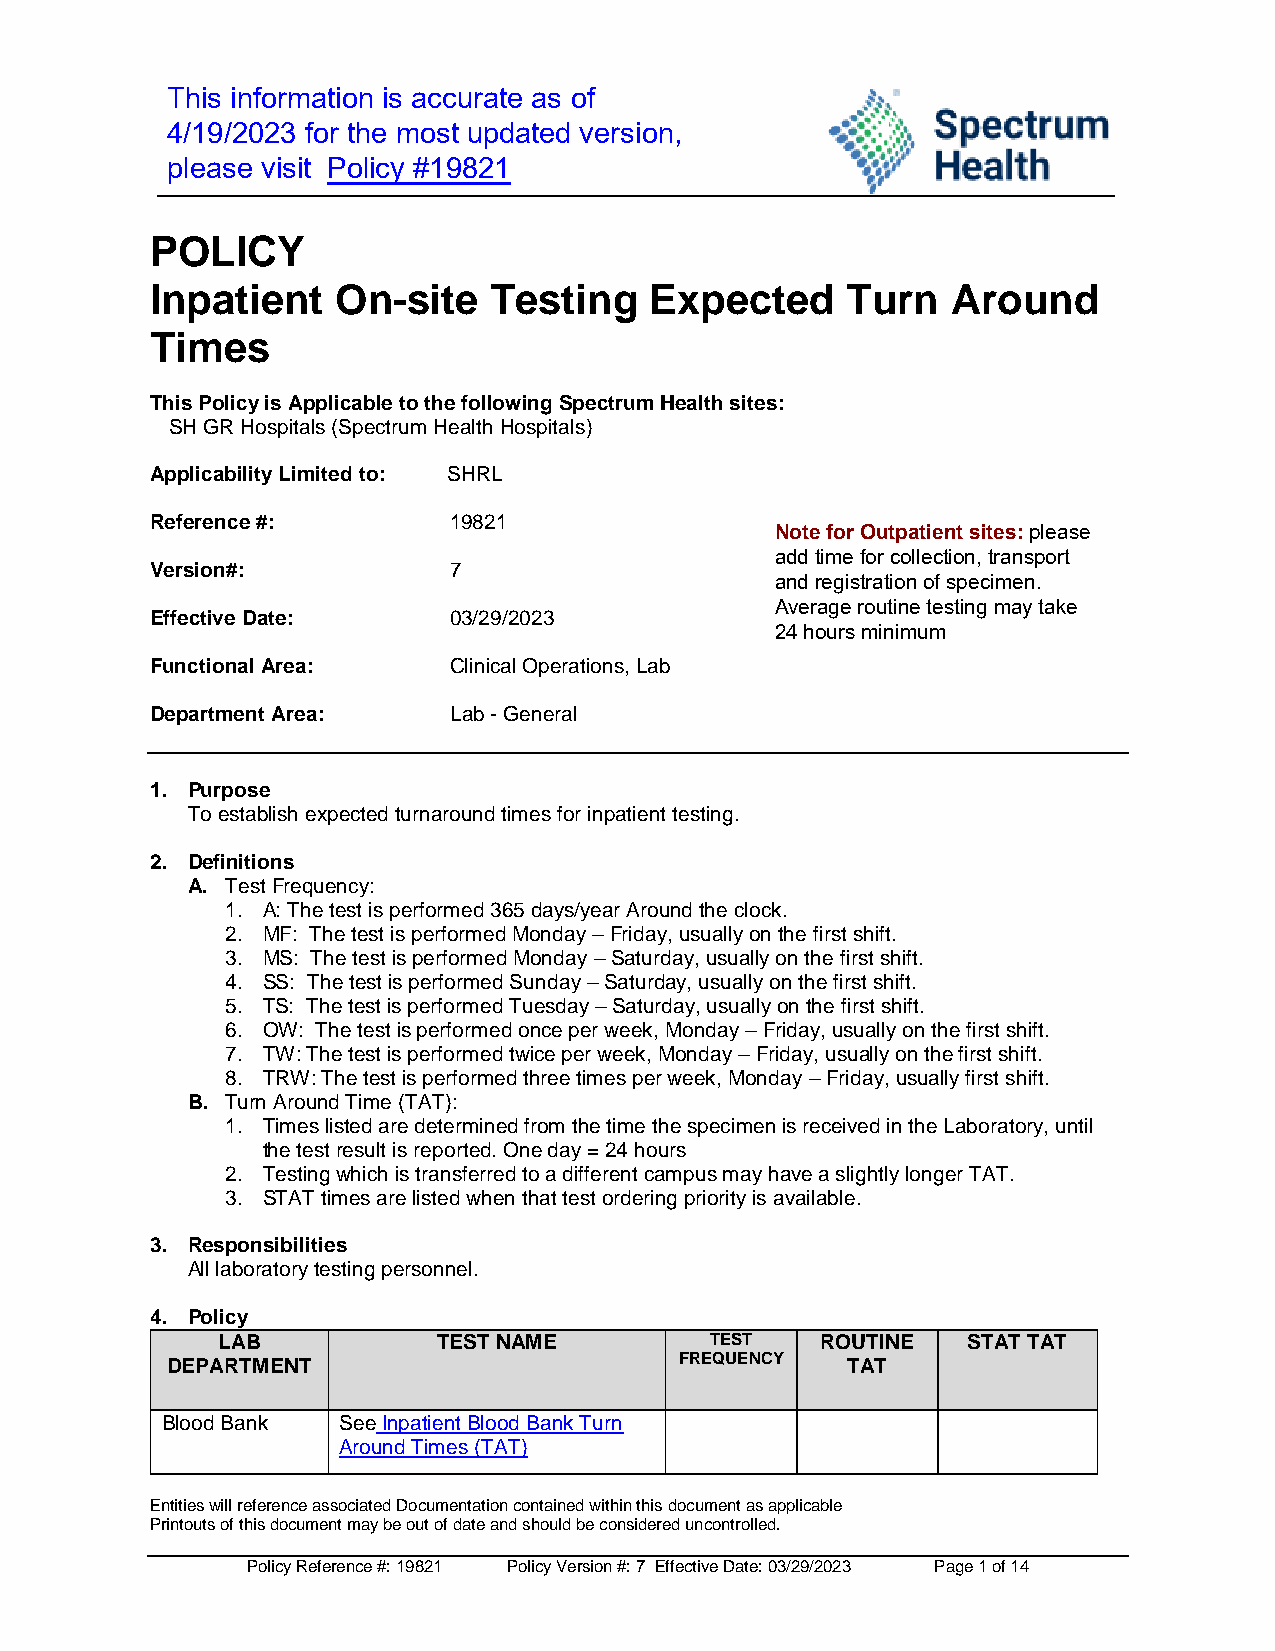
This information is accurate as of
 4/19/2023 for the most updated version,
 please visit Policy #19821
 POLICY
 Inpatient   On-site   Testing    Expected     Turn   Around
 Times
 This Policy is Applicable to the following Spectrum Health sites:
 SH GR Hospitals (Spectrum Health Hospitals)
 Applicability Limited to: SHRL
 Reference #:        19821
 Note for Outpatient sites: please
 add time for collection, transport
 Version#:           7
 and registration of specimen.
 Average routine testing may take
 Effective Date:     03/29/2023
 24 hours minimum
 Functional Area:    Clinical Operations, Lab
 Department Area:    Lab - General
 1. Purpose
 To establish expected turnaround times for inpatient testing.
 2. Definitions
 A. Test Frequency:
 1. A: The test is performed 365 days/year Around the clock.
 2. MF: The test is performed Monday – Friday, usually on the first shift.
 3. MS: The test is performed Monday – Saturday, usually on the first shift.
 4. SS: The test is performed Sunday – Saturday, usually on the first shift.
 5. TS: The test is performed Tuesday – Saturday, usually on the first shift.
 6. OW: The test is performed once per week, Monday – Friday, usually on the first shift.
 7. TW: The test is performed twice per week, Monday – Friday, usually on the first shift.
 8. TRW: The test is performed three times per week, Monday – Friday, usually first shift.
 B. Turn Around Time (TAT):
 1. Times listed are determined from the time the specimen is received in the Laboratory, until
 the test result is reported. One day = 24 hours
 2. Testing which is transferred to a different campus may have a slightly longer TAT.
 3. STAT times are listed when that test ordering priority is available.
 3. Responsibilities
 All laboratory testing personnel.
 4. Policy
 LAB            TEST NAME         TEST   ROUTINE   STAT TAT
 DEPARTMENT                        FREQUENCY  TAT
 Blood Bank See Inpatient Blood Bank Turn
 Around Times (TAT)
 Entities will reference associated Documentation contained within this document as applicable
 Printouts of this document may be out of date and should be considered uncontrolled.
 Policy Reference #: 19821 Policy Version #: 7 Effective Date: 03/29/2023 Page 1 of 14